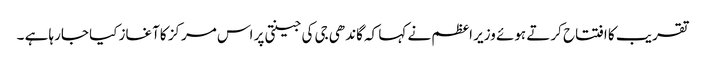
تقریب کا افتتاح کرتے ہوئے وزیر اعظم نے کہا کہ گاندھی جی کی جینتی پر اس مرکز کاآغاز کیا جارہا ہے ۔